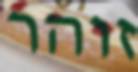
זוהר